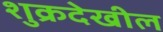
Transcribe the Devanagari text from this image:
शुक्रदेखील